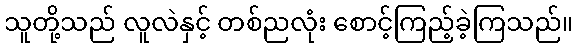
သူတို့သည် လူလဲနှင့် တစ်ညလုံး စောင့်ကြည့်ခဲ့ကြသည်။